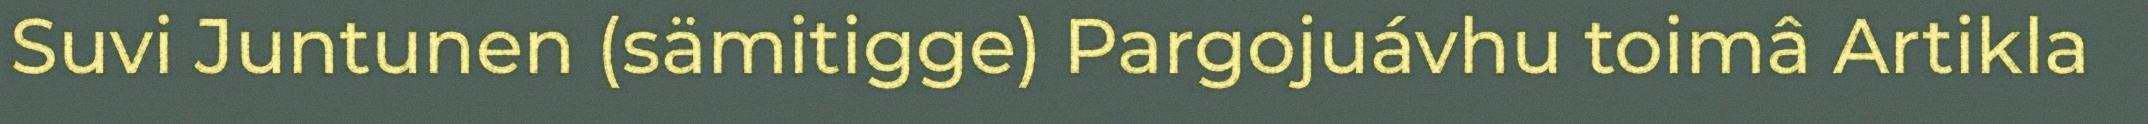
Suvi Juntunen (sämitigge) Pargojuávhu toimâ Artikla